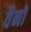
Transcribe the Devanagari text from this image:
वैनों